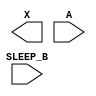
module sky130_fd_sc_lp__iso0n (
    X      ,
    A      ,
    SLEEP_B
);

    output X      ;
    input  A      ;
    input  SLEEP_B;

    // Voltage supply signals
    supply1 VPWR ;
    supply0 KAGND;
    supply1 VPB  ;
    supply0 VNB  ;

endmodule